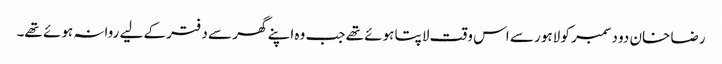
رضا خان دو دسمبر کو لاہور سے اس وقت لاپتا ہوئے تھے جب وہ اپنے گھر سے دفتر کے لیے روانہ ہوئے تھے۔